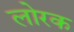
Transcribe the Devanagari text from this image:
लोरक